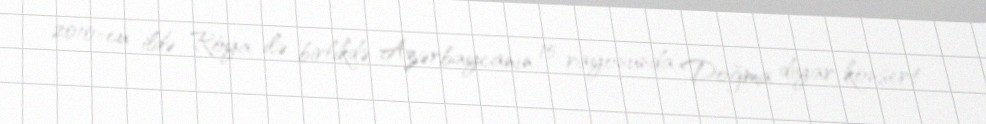
2010-cu ildə Röya ilə birlikdə Azərbaycanın 15 rayonunda Doğma diyar konsert